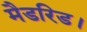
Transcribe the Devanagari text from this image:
मैडरिड।